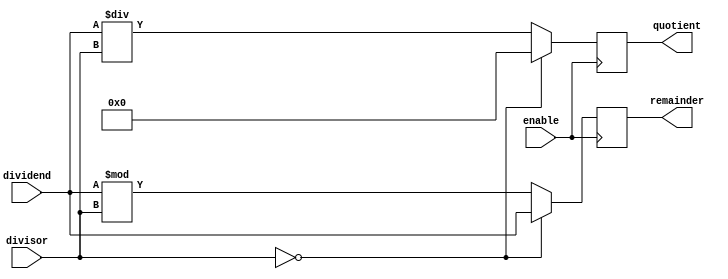
module Divider (
    input wire [31:0] dividend,
    input wire [31:0] divisor,
    input wire enable,
    output reg [31:0] quotient,
    output reg [31:0] remainder
);

always @ (posedge enable) begin
    if (divisor == 0) begin
        quotient <= 32'h0;
        remainder <= dividend;
    end
    else begin
        quotient <= dividend / divisor;
        remainder <= dividend % divisor;
    end
end

endmodule